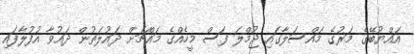
އައްޔުބޭގެ މަރުގެ މައްސަލާގައި ޖުމްލަ ފަސް މީހެއްގެ މައްޗަށް ދައުލަތުން ދައުވާ އުފުލާފައި